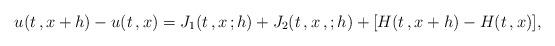
LaTeX: \begin{align*}u(t\,,x+h) - u(t\,,x) = J_1(t\,,x\,;h) + J_2(t\,,x\,,;h) + [H(t\,,x+h) - H(t\,,x)],\end{align*}